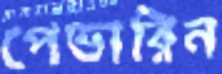
পেভারিন